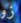
زو